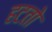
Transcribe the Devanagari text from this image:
हटतो